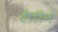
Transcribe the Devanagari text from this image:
हैतीने